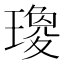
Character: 𤩞